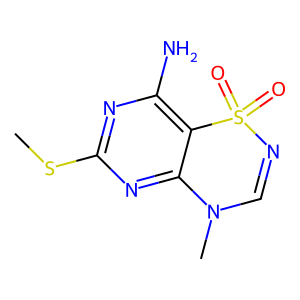
SMILES: CSc1nc(N)c2c(n1)N(C)C=NS2(=O)=O
Inhibits HIV replication: No